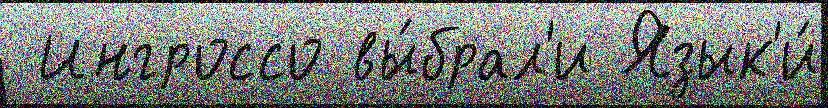
 Ингроссо вы́брал'и Язык'и́